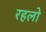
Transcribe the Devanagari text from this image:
रहलो